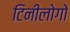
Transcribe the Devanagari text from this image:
टिनीलोगो